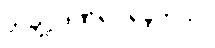
တချို့ ဒဏ်ရာ ရခဲ့တယ်။